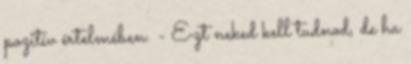
pozitív értelmében. - Ezt neked kell tudnod, de ha